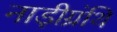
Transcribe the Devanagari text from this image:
नाड़ीग्रंथि